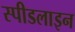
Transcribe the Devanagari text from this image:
स्पीडलाइन